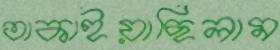
তাকাইয়াছিলাম